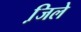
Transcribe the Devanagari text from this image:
जि़ले